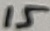
Text: 15